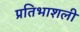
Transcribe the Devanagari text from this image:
प्रतिभाशली